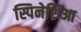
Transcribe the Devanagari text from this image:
स्पिनेशिआ